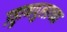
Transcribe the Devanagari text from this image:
उड्डाणपुलाच्या